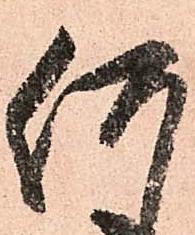
何